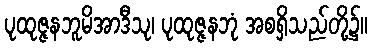
ပုထုဇ္ဇနဘူမိအာဒီသု၊ ပုထုဇ္ဇနဘုံ အစရှိသည်တို့၌။